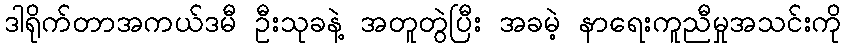
ဒါရိုက်တာအကယ်ဒမီ ဦးသုခနဲ့ အတူတွဲပြီး အခမဲ့ နာရေးကူညီမှုအသင်းကို